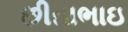
છીતાભાઇ